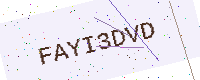
Text: FAYI3DVD